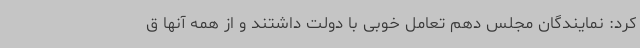
کرد: نمایندگان مجلس دهم تعامل خوبی با دولت داشتند و از همه آنها ق